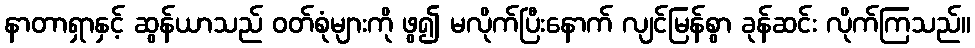
နာတာရှာနှင့် ဆွန်ယာသည် ဝတ်စုံများကို ဖွ၍ မလိုက်ပြီးနောက် လျင်မြန်စွာ ခုန်ဆင်း လိုက်ကြသည်။